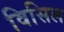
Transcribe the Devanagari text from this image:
विसिल